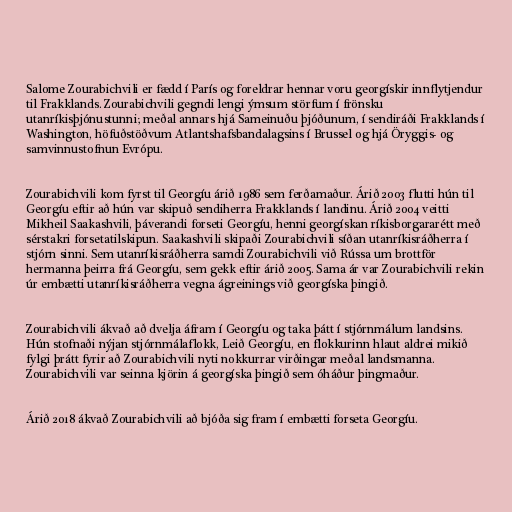
Salome Zourabichvili er fædd í París og foreldrar hennar voru georgískir innflytjendur
til Frakklands. Zourabichvili gegndi lengi ýmsum störfum í frönsku
utanríkisþjónustunni; meðal annars hjá Sameinuðu þjóðunum, í sendiráði Frakklands í
Washington, höfuðstöðvum Atlantshafsbandalagsins í Brussel og hjá Öryggis- og
samvinnustofnun Evrópu.

Zourabichvili kom fyrst til Georgíu árið 1986 sem ferðamaður. Árið 2003 flutti hún til
Georgíu eftir að hún var skipuð sendiherra Frakklands í landinu. Árið 2004 veitti
Mikheil Saakashvili, þáverandi forseti Georgíu, henni georgískan ríkisborgararétt með
sérstakri forsetatilskipun. Saakashvili skipaði Zourabichvili síðan utanríkisráðherra í
stjórn sinni. Sem utanríkisráðherra samdi Zourabichvili við Rússa um brottför
hermanna þeirra frá Georgíu, sem gekk eftir árið 2005. Sama ár var Zourabichvili rekin
úr embætti utanríkisráðherra vegna ágreinings við georgíska þingið.

Zourabichvili ákvað að dvelja áfram í Georgíu og taka þátt í stjórnmálum landsins.
Hún stofnaði nýjan stjórnmálaflokk, Leið Georgíu, en flokkurinn hlaut aldrei mikið
fylgi þrátt fyrir að Zourabichvili nyti nokkurrar virðingar meðal landsmanna.
Zourabichvili var seinna kjörin á georgíska þingið sem óháður þingmaður.

Árið 2018 ákvað Zourabichvili að bjóða sig fram í embætti forseta Georgíu.